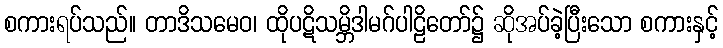
စကားရပ်သည်။ တာဒိသမေဝ၊ ထိုပဋိသမ္ဘိဒါမဂ်ပါဠိတော်၌ ဆိုအပ်ခဲ့ပြီးသော စကားနှင့်